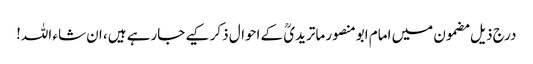
درج ذیل مضمون میں امام ابومنصور ماتریدیؒ کے احوال ذکر کیے جارہے ہیں، ان شاء اللہ!